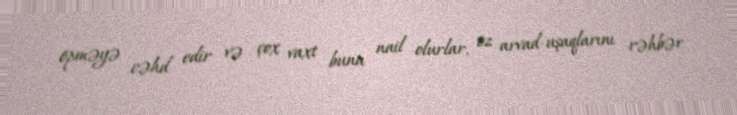
öpməyə cəhd edir və çox vaxt buna nail olurlar, öz arvad-uşaqlarını rəhbər